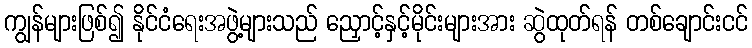
ကျွန်များဖြစ်၍ နိုင်ငံရေးအဖွဲ့များသည် ညှောင့်နှင့်မိုင်းများအား ဆွဲထုတ်ရန် တစ်ချောင်းငင်